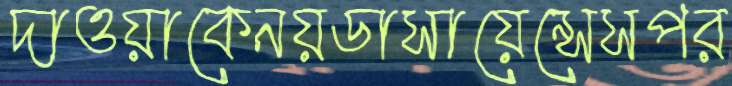
দাওয়াকেনয়ডাসায়েন্সেসপর